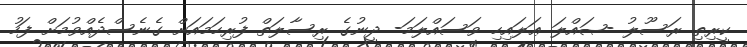
ކީރިތި ރަސޫލު -ޞައްލަ ޢަލައިހި ވަސައްލަމަ- ދީނުގެ ރިސާލަތް ފުރިހަމައަށް ގެނެސްދެއްވުމަށް ފަހު